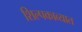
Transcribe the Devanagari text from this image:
शिल्पकाव्यात